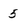
Character: 5